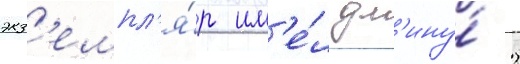
экз'емпл'я́р им'е́л дл'ину́ 2